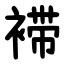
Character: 䙊